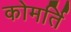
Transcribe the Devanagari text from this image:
कोमर्ति